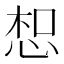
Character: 𢚤